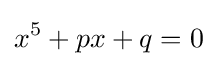
x^{5}+px+q=0